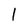
Character: 1